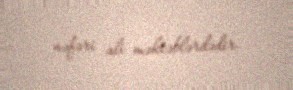
nəfəri ali məktəblərdədir.